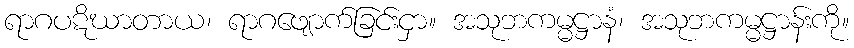
ရာဂပဋိဃာတာယ၊ ရာဂဖျောက်ခြင်းငှာ။ အသုဘကမ္မဋ္ဌာနံ၊ အသုဘကမ္မဋ္ဌာန်းကို။